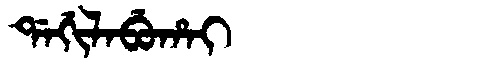
Manchu: ᡩᠠᡤᡳᠯᠠᠪᡠᡥᠠᡳ
Romanization: DAGILABUHAI